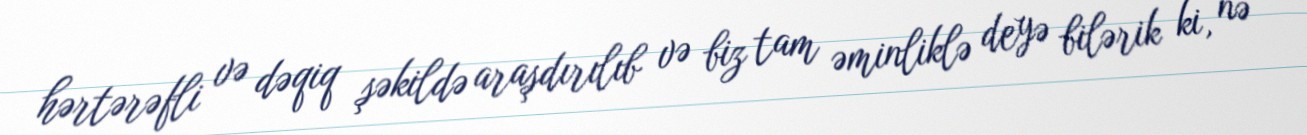
hərtərəfli və dəqiq şəkildə araşdırılıb və biz tam əminliklə deyə bilərik ki, nə